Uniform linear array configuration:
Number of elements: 24
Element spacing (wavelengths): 0.75
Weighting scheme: cosine
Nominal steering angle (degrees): -45
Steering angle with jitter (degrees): -46.602
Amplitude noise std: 0.05
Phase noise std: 0.05

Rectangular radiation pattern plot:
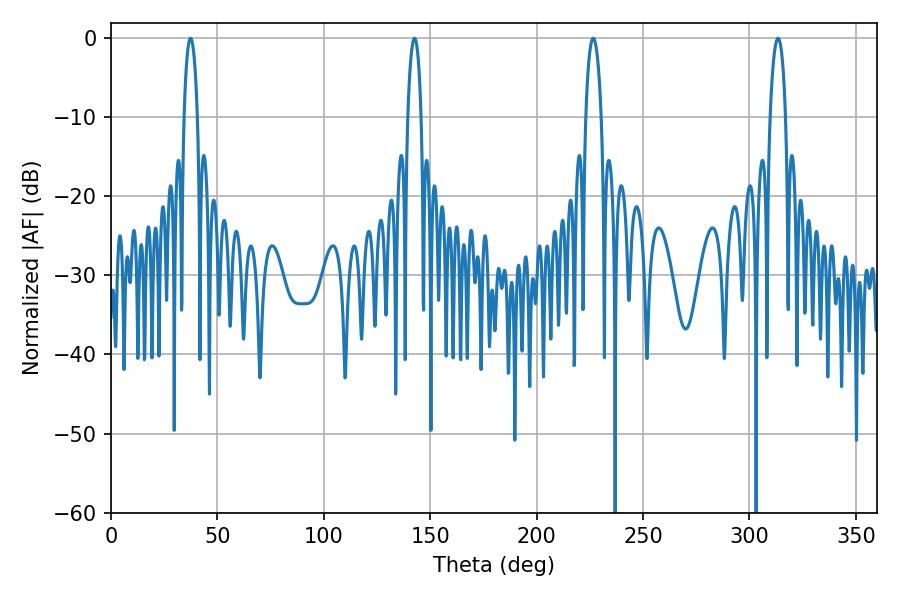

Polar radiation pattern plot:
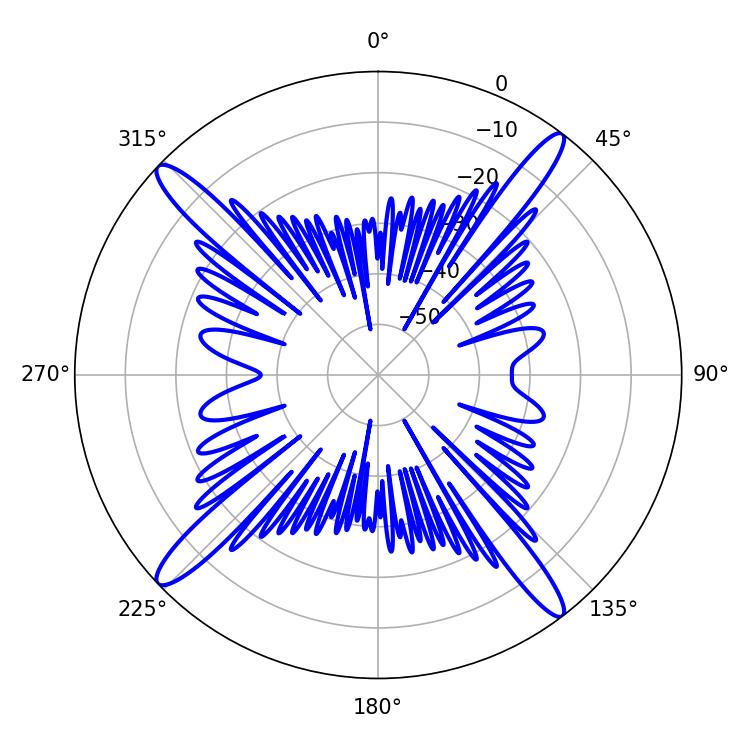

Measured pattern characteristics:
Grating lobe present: TRUE
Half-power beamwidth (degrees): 3.96
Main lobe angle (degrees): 226.62